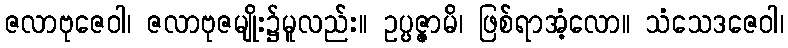
ဇလာဗုဇေဝါ၊ ဇလာဗုဇမျိုး၌မူလည်း။ ဥပ္ပဇ္ဇာမိ၊ ဖြစ်ရာအံ့လော။ သံသေဒဇေဝါ၊